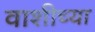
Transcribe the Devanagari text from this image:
वाशीच्या